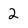
Character: 2